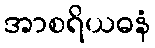
အာစရိယဓနံ